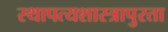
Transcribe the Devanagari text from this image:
स्थापत्यशास्त्रापुरता